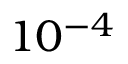
1 0 ^ { - 4 }